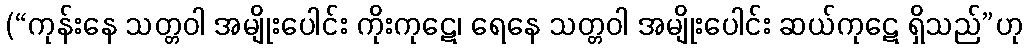
(“ကုန်းနေ သတ္တဝါ အမျိုးပေါင်း ကိုးကုဋေ၊ ရေနေ သတ္တဝါ အမျိုးပေါင်း ဆယ်ကုဋေ ရှိသည်”ဟု